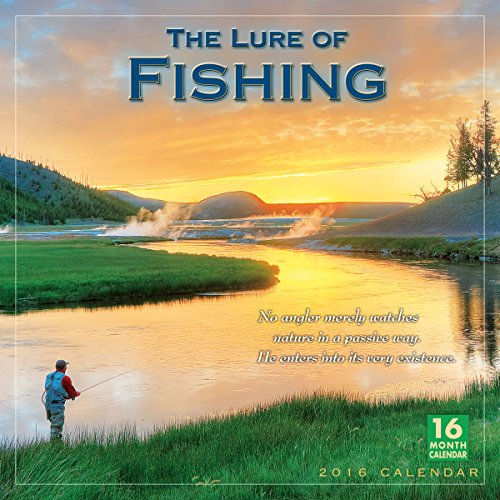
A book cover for Lure of Fishing 2016 Wall Calendar; Sellers Publishing; Calendars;